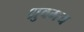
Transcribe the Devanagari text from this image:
ध्रुवमय